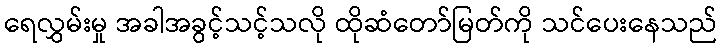
ရေလွှမ်းမှု အခါအခွင့်သင့်သလို ထိုဆံတော်မြတ်ကို သင်ပေးနေသည်